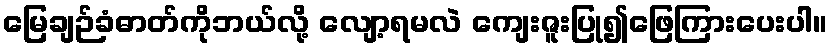
မြေချဉ်ခံဓာတ်ကိုဘယ်လို့ လျော့ရမလဲ ကျေးဇူးပြု၍ဖြေကြားပေးပါ။